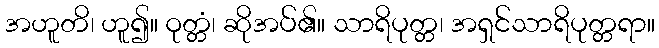
အဟူတိ၊ ဟူ၍။ ဝုတ္တံ၊ ဆိုအပ်၏။ သာရိပုတ္တ၊ အရှင်သာရိပုတ္တရာ။